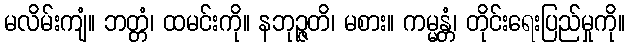
မလိမ်းကျံ။ ဘတ္တံ၊ ထမင်းကို။ နဘုဉ္ဇတိ၊ မစား။ ကမ္မန္တံ၊ တိုင်းရေးပြည်မှုကို။